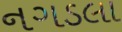
નગડલા